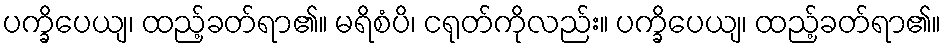
ပက္ခိပေယျ၊ ထည့်ခတ်ရာ၏။ မရိစံပိ၊ ငရုတ်ကိုလည်း။ ပက္ခိပေယျ၊ ထည့်ခတ်ရာ၏။